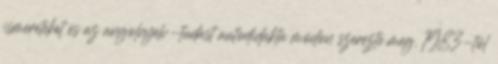
ismereteket és az angolnyelv-tudást autodidakta módon szerezte meg. 1983-tól